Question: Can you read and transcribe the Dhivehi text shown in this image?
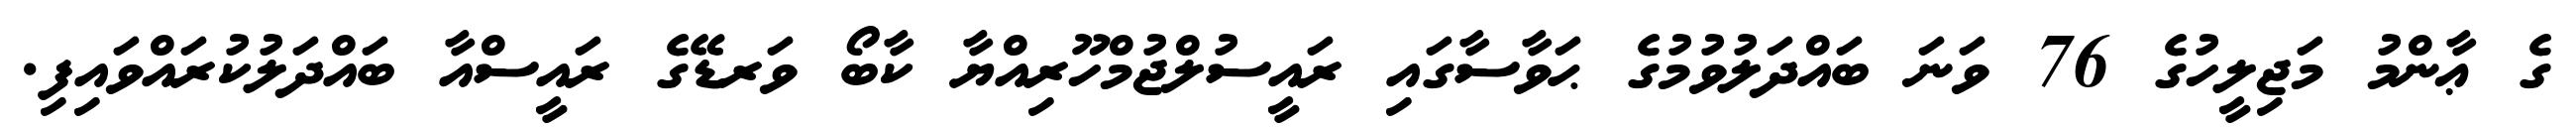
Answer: ގެ ޢާންމު މަޖިލީހުގެ 76 ވަނަ ބައްދަލުވުމުގެ ޙަވާސާގައި ރައީސުލްޖުމްހޫރިއްޔާ ކާބޯ ވަރޑޭގެ ރައީސްއާ ބައްދަލުކުރައްވައިފި.